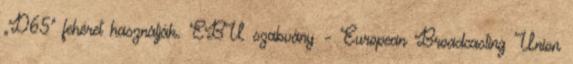
„D65” fehéret használják. EBU szabvány – European Broadcasting Union